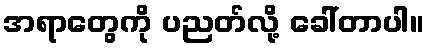
အရာတွေကို ပညတ်လို့ ခေါ်တာပါ။